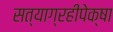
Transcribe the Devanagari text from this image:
सत्याग्रहीपेक्षा